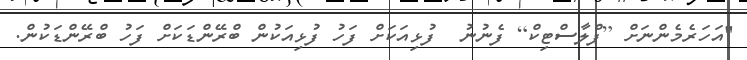
"އަހަރެމެންނަށް [ޕްލާސްޓިކް] ފެނުނު  ފުޅިއަކަށް ފަހު ފުޅިއަކުން ބްރޭންޑަކަށް ފަހު ބްރޭންޑަކުން.